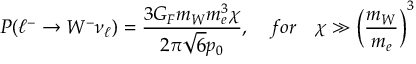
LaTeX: P ( \ell ^ { - } \rightarrow W ^ { - } \nu _ { \ell } ) = \frac { 3 G _ { F } m _ { W } m _ { e } ^ { 3 } \chi } { 2 \pi \sqrt { 6 } p _ { 0 } } , \quad f o r \quad \chi \gg \biggl ( { \frac { m _ { W } } { m _ { e } } } \biggr ) ^ { 3 }